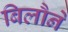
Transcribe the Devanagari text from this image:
बिलौने